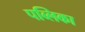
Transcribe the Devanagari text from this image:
पब्लिका